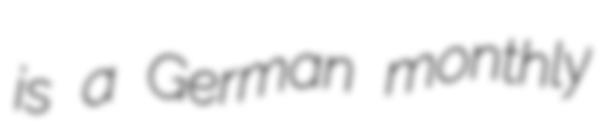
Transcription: is a German monthly